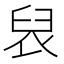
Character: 𮍦